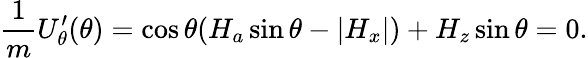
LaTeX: \frac{1}{m}U_{\theta}^{\prime}(\theta)=\cos\theta(H_{a}\sin\theta-|{H_{x}}|)+H_{z}\sin\theta=0.